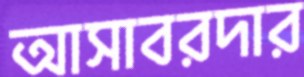
আসাবরদার